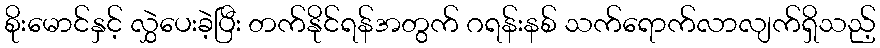
စိုးမောင်နှင့် လွှဲပေးခဲ့ပြီး တက်နိုင်ရန်အတွက် ဂရန်းနစ် သက်ရောက်လာလျက်ရှိသည့်